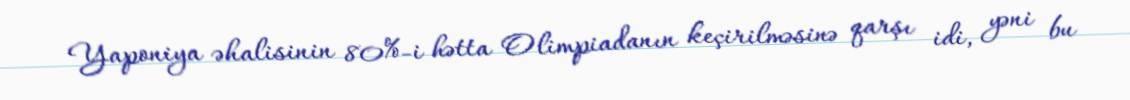
Yaponiya əhalisinin 80%-i hətta Olimpiadanın keçirilməsinə qarşı idi, yəni bu